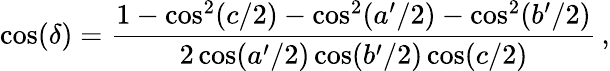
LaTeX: \cos(\delta)=\frac{1-\cos^{2}(c/2)-\cos^{2}(a^{\prime}/2)-\cos^{2}(b^{\prime}/2)}{2\cos(a^{\prime}/2)\cos(b^{\prime}/2)\cos(c/2)}\, ,